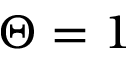
\Theta = 1